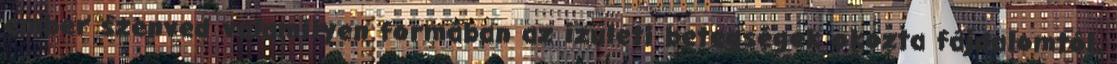
ember szenved valamilyen formában az ízületi betegségek okozta fájdalomtól.